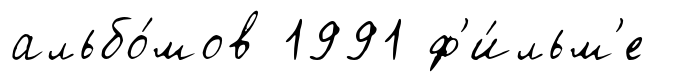
альбо́мов 1991 ф'и́льм'е